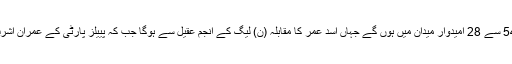
وفاقی دارالحکومت کے حلقہ این اے 54 سے 28 امیدوار میدان میں ہوں گے جہاں اسد عمر کا مقابلہ (ن) لیگ کے انجم عقیل سے ہوگا جب کہ پییلز پارٹی کے عمران اشرف اسی حلقے سے میدان میں ہوں گے۔